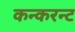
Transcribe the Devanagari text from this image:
कन्करन्ट